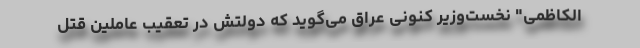
الکاظمی" نخست‌وزیر کنونی عراق می‌گوید که دولتش در تعقیب عاملین قتل